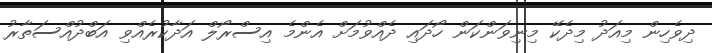
ދިވެހިން މިއަދު މިދެކޭ މިނިވަންކަން ހޯދައި ދެއްވުމަށް އެންމެ އިސްރޯލް އަދާކުރެއްވި އަބްދުއްސަތާރު